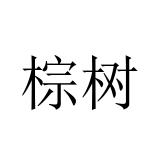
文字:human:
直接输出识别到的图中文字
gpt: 棕树